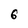
Character: 6